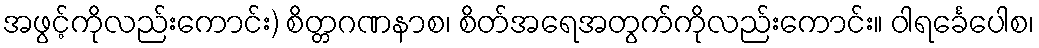
အဖွင့်ကိုလည်းကောင်း) စိတ္တဂဏနာစ၊ စိတ်အရေအတွက်ကိုလည်းကောင်း။ ဝါရင်္ခေပေါစ၊